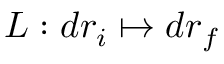
L : d r _ { i } \mapsto d r _ { f }